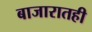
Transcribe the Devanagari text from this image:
बाजारातही